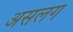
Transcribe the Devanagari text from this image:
असलग